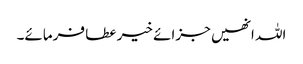
اللہ انھیں جزائے خیر عطا فرمائے۔